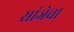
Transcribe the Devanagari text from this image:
सांजेचा